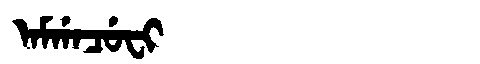
Manchu: ᠠᠮᡤᠠᠴᡠᠸᡳ
Romanization: AMGACUFI